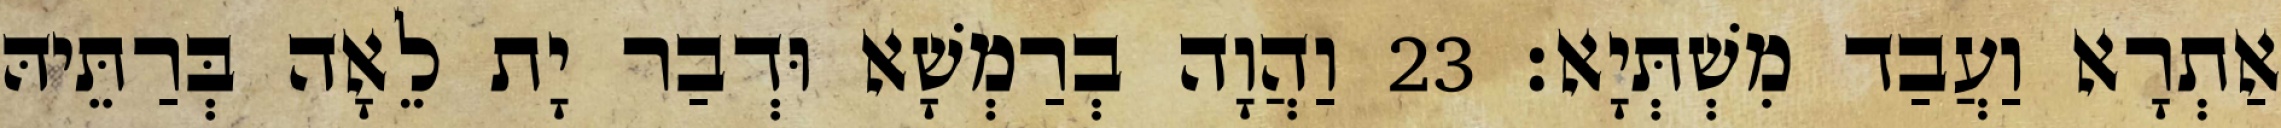
אַתְרָא וַעֲבַד מִשְׁתְּיָא׃ 23 וַהֲוָה בְרַמְשָׁא וּדְבַר יָת לֵאָה בְּרַתֵּיהּ